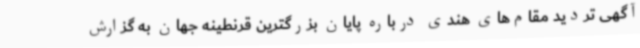
آگهی تردید مقام‌های هندی درباره پایان بزرگترین قرنطینه جهان به گزارش